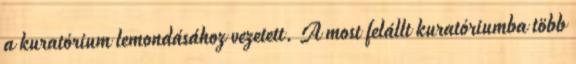
a kuratórium lemondásához vezetett. A most felállt kuratóriumba több